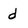
Character: d